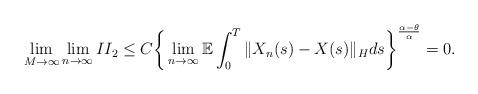
LaTeX: \begin{align*}\lim_{M\rightarrow\infty}\lim_{n\rightarrow\infty} II_2 \leq C \bigg\{ \lim_{n\rightarrow\infty}\mathbb{E} \int_0^{T} \Vert X_n(s) - X(s) \Vert_H ds \bigg\}^{\frac{\alpha-\theta}{\alpha}} = 0 .\end{align*}